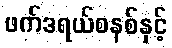
ဖက်ဒရယ်စနစ်နှင့်